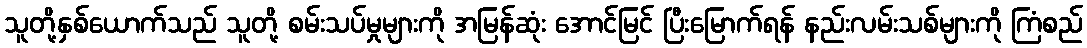
သူတို့နှစ်ယောက်သည် သူတို့ စမ်းသပ်မှုများကို အမြန်ဆုံး အောင်မြင် ပြီးမြောက်ရန် နည်းလမ်းသစ်များကို ကြံစည်